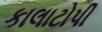
કાલાટોપી